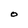
Character: O